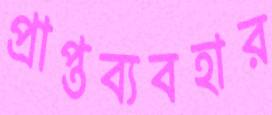
প্রাপ্তব্যবহার